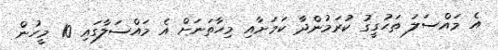
އެ މައްސަލަ ތަހުގީގު ކުރަމުންދާ ކަމަށާއި މިހާތަނަށް އެ މައްސަލާގައި 10 މީހުން